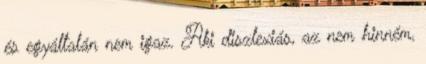
és egyáltalán nem igaz. Aki diszlexiás, az nem hinném,